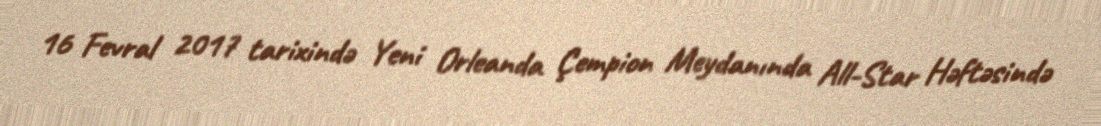
16 Fevral 2017 tarixində Yeni Orleanda Çempion Meydanında All-Star Həftəsində